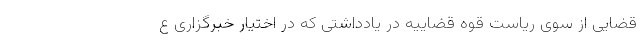
قضایی از سوی ریاست قوه قضاییه در یادداشتی که در اختیار خبرگزاری ع